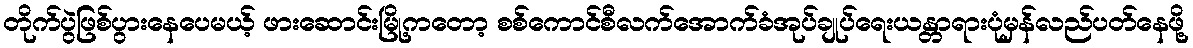
တိုက်ပွဲဖြစ်ပွားနေပေမယ့် ဖားဆောင်းမြို့ကတော့ စစ်ကောင်စီလက်အောက်ခံအုပ်ချုပ်ရေးယန္တာရားပုံမှန်လည်ပတ်နေဖို့